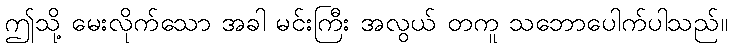
ဤသို့ မေးလိုက်သော အခါ မင်းကြီး အလွယ် တကူ သဘောပေါက်ပါသည်။